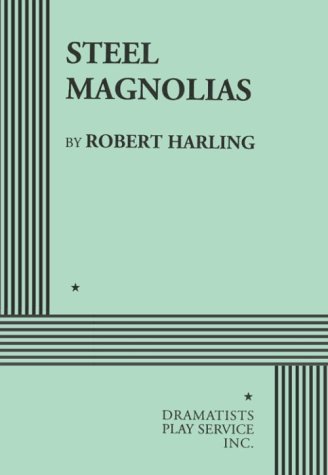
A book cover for Steel Magnolias(DPS Acting Edition); Robert Harling; Literature & Fiction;